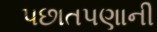
પછાતપણાની